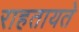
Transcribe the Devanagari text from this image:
राहतायते